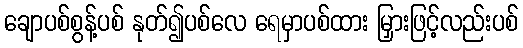
ချောပစ်စွန့်ပစ် နုတ်၍ပစ်လေ ရေမှာပစ်ထား မြှားဖြင့်လည်းပစ်